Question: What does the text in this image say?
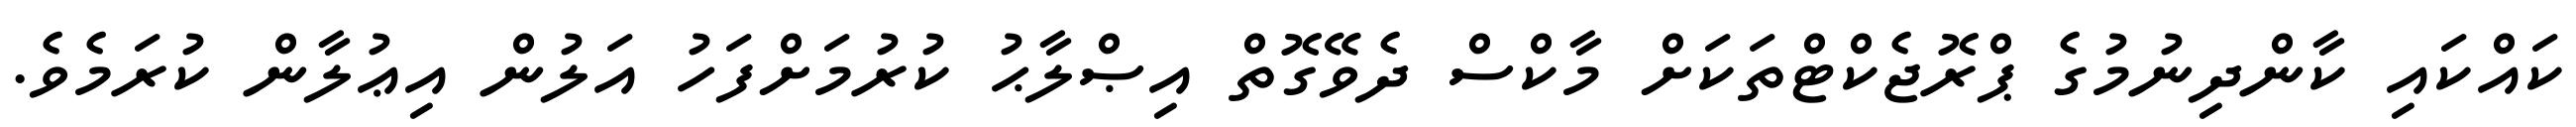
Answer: ކައްކައި ކާންދިނުމުގެ ޕްރޮޖެކްޓްތަކަށް މާކްސް ދެވޭގޮތް އިޞްލާޙު ކުރުމަށްފަހު އަލުން އިޢުލާން ކުރަމެވެ.